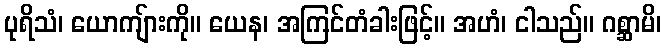
ပုရိသံ၊ ယောကျ်ားကို။ ယေန၊ အကြင်တံခါးဖြင့်။ အဟံ၊ ငါသည်။ ဂစ္ဆာမိ၊